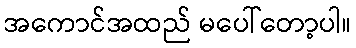
အကောင်အထည် မပေါ်တော့ပါ။